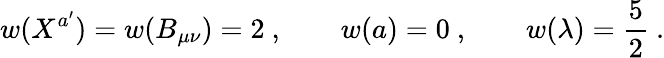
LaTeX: w(X^{a^{\prime}})=w(B_{\mu\nu})=2\ ,\qquad w(a)=0\ ,\qquad w(\lambda)={\frac{5}{2}}\ .